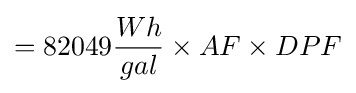
=82049{\frac {Wh}{gal}}\times AF\times DPF